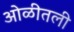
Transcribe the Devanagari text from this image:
ओळीतली